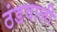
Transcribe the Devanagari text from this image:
ठंडवाली